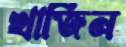
খাজিন